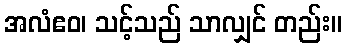
အလံဧဝ၊ သင့်သည် သာလျှင် တည်း။